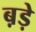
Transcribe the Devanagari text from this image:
ब़ड़े